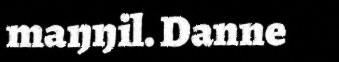
maŋŋil. Danne